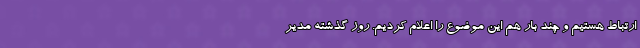
ارتباط هستیم و چند بار هم این موضوع را اعلام کردیم. روز گذشته مدیر